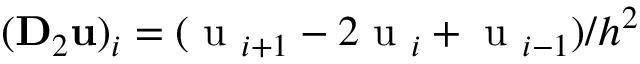
( \mathbf { D } _ { 2 } \mathbf { u } ) _ { i } = ( \mathrm { ~ u ~ } _ { i + 1 } - 2 \mathrm { ~ u ~ } _ { i } + \mathrm { ~ u ~ } _ { i - 1 } ) / h ^ { 2 }